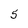
Character: 5